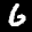
Label: 6